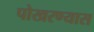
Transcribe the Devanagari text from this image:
पोखरण्यास